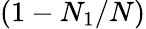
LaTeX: (1-N_{1}/N)